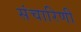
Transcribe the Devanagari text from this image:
संचारिणी